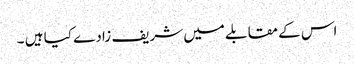
اس کے مقابلے میں شریف زادے کیا ہیں ۔